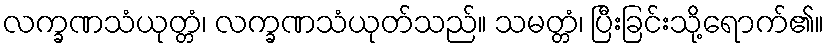
လက္ခဏသံယုတ္တံ၊ လက္ခဏသံယုတ်သည်။ သမတ္တံ၊ ပြီးခြင်းသို့ရောက်၏။